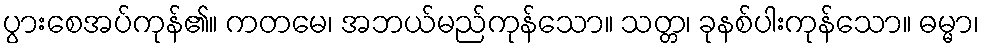
ပွားစေအပ်ကုန်၏။ ကတမေ၊ အဘယ်မည်ကုန်သော။ သတ္တ၊ ခုနစ်ပါးကုန်သော။ ဓမ္မာ၊